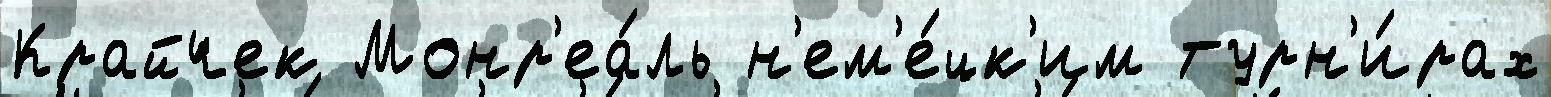
Крайчек Монр'еа́ль н'ем'е́цк'им турн'и́рах